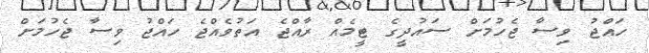
ހައްޖު ވިސާ ޖެހުމަށް ސައުދީގެ ޓީމެއް ރާއްޖެ އަތުވެއްޖެ ހައްޖު ވިސާ ޖެހުމަށް